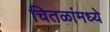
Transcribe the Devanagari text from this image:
चितळांमध्ये